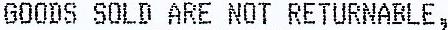
GOODS SOLD ARE NOT RETURNABLE,